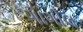
ગાગીલ